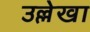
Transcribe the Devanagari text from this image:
उल्लेखा